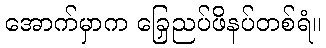
အောက်မှာက ခြေညှပ်ဖိနပ်တစ်ရံ။